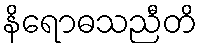
နိရောဓသညီတိ